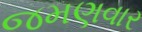
જમણવાર